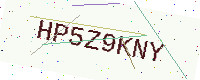
Text: HP5Z9KNY